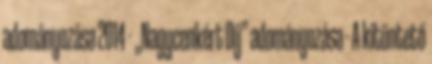
adományozása 2014 - „Nagycenkért Díj” adományozása - A kitüntető